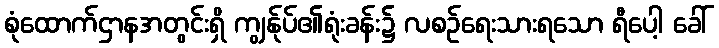
စုံထောက်ဌာနအတွင်းရှိ ကျွန်ုပ်၏ရုံးခန်း၌ လစဉ်ရေးသားရသော ရီပေါ့ ခေါ်